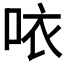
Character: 𠲖